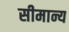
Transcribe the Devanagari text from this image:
सीमान्य